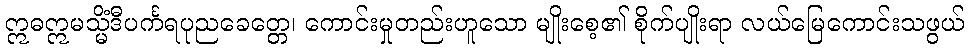
ဣဓဣမသ္မိံဒီပင်္ကရပုညခေတ္တေ၊ ကောင်းမှုတည်းဟူသော မျိုးစေ့၏ စိုက်ပျိုးရာ လယ်မြေကောင်းသဖွယ်